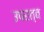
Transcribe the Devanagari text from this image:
उपरत्व